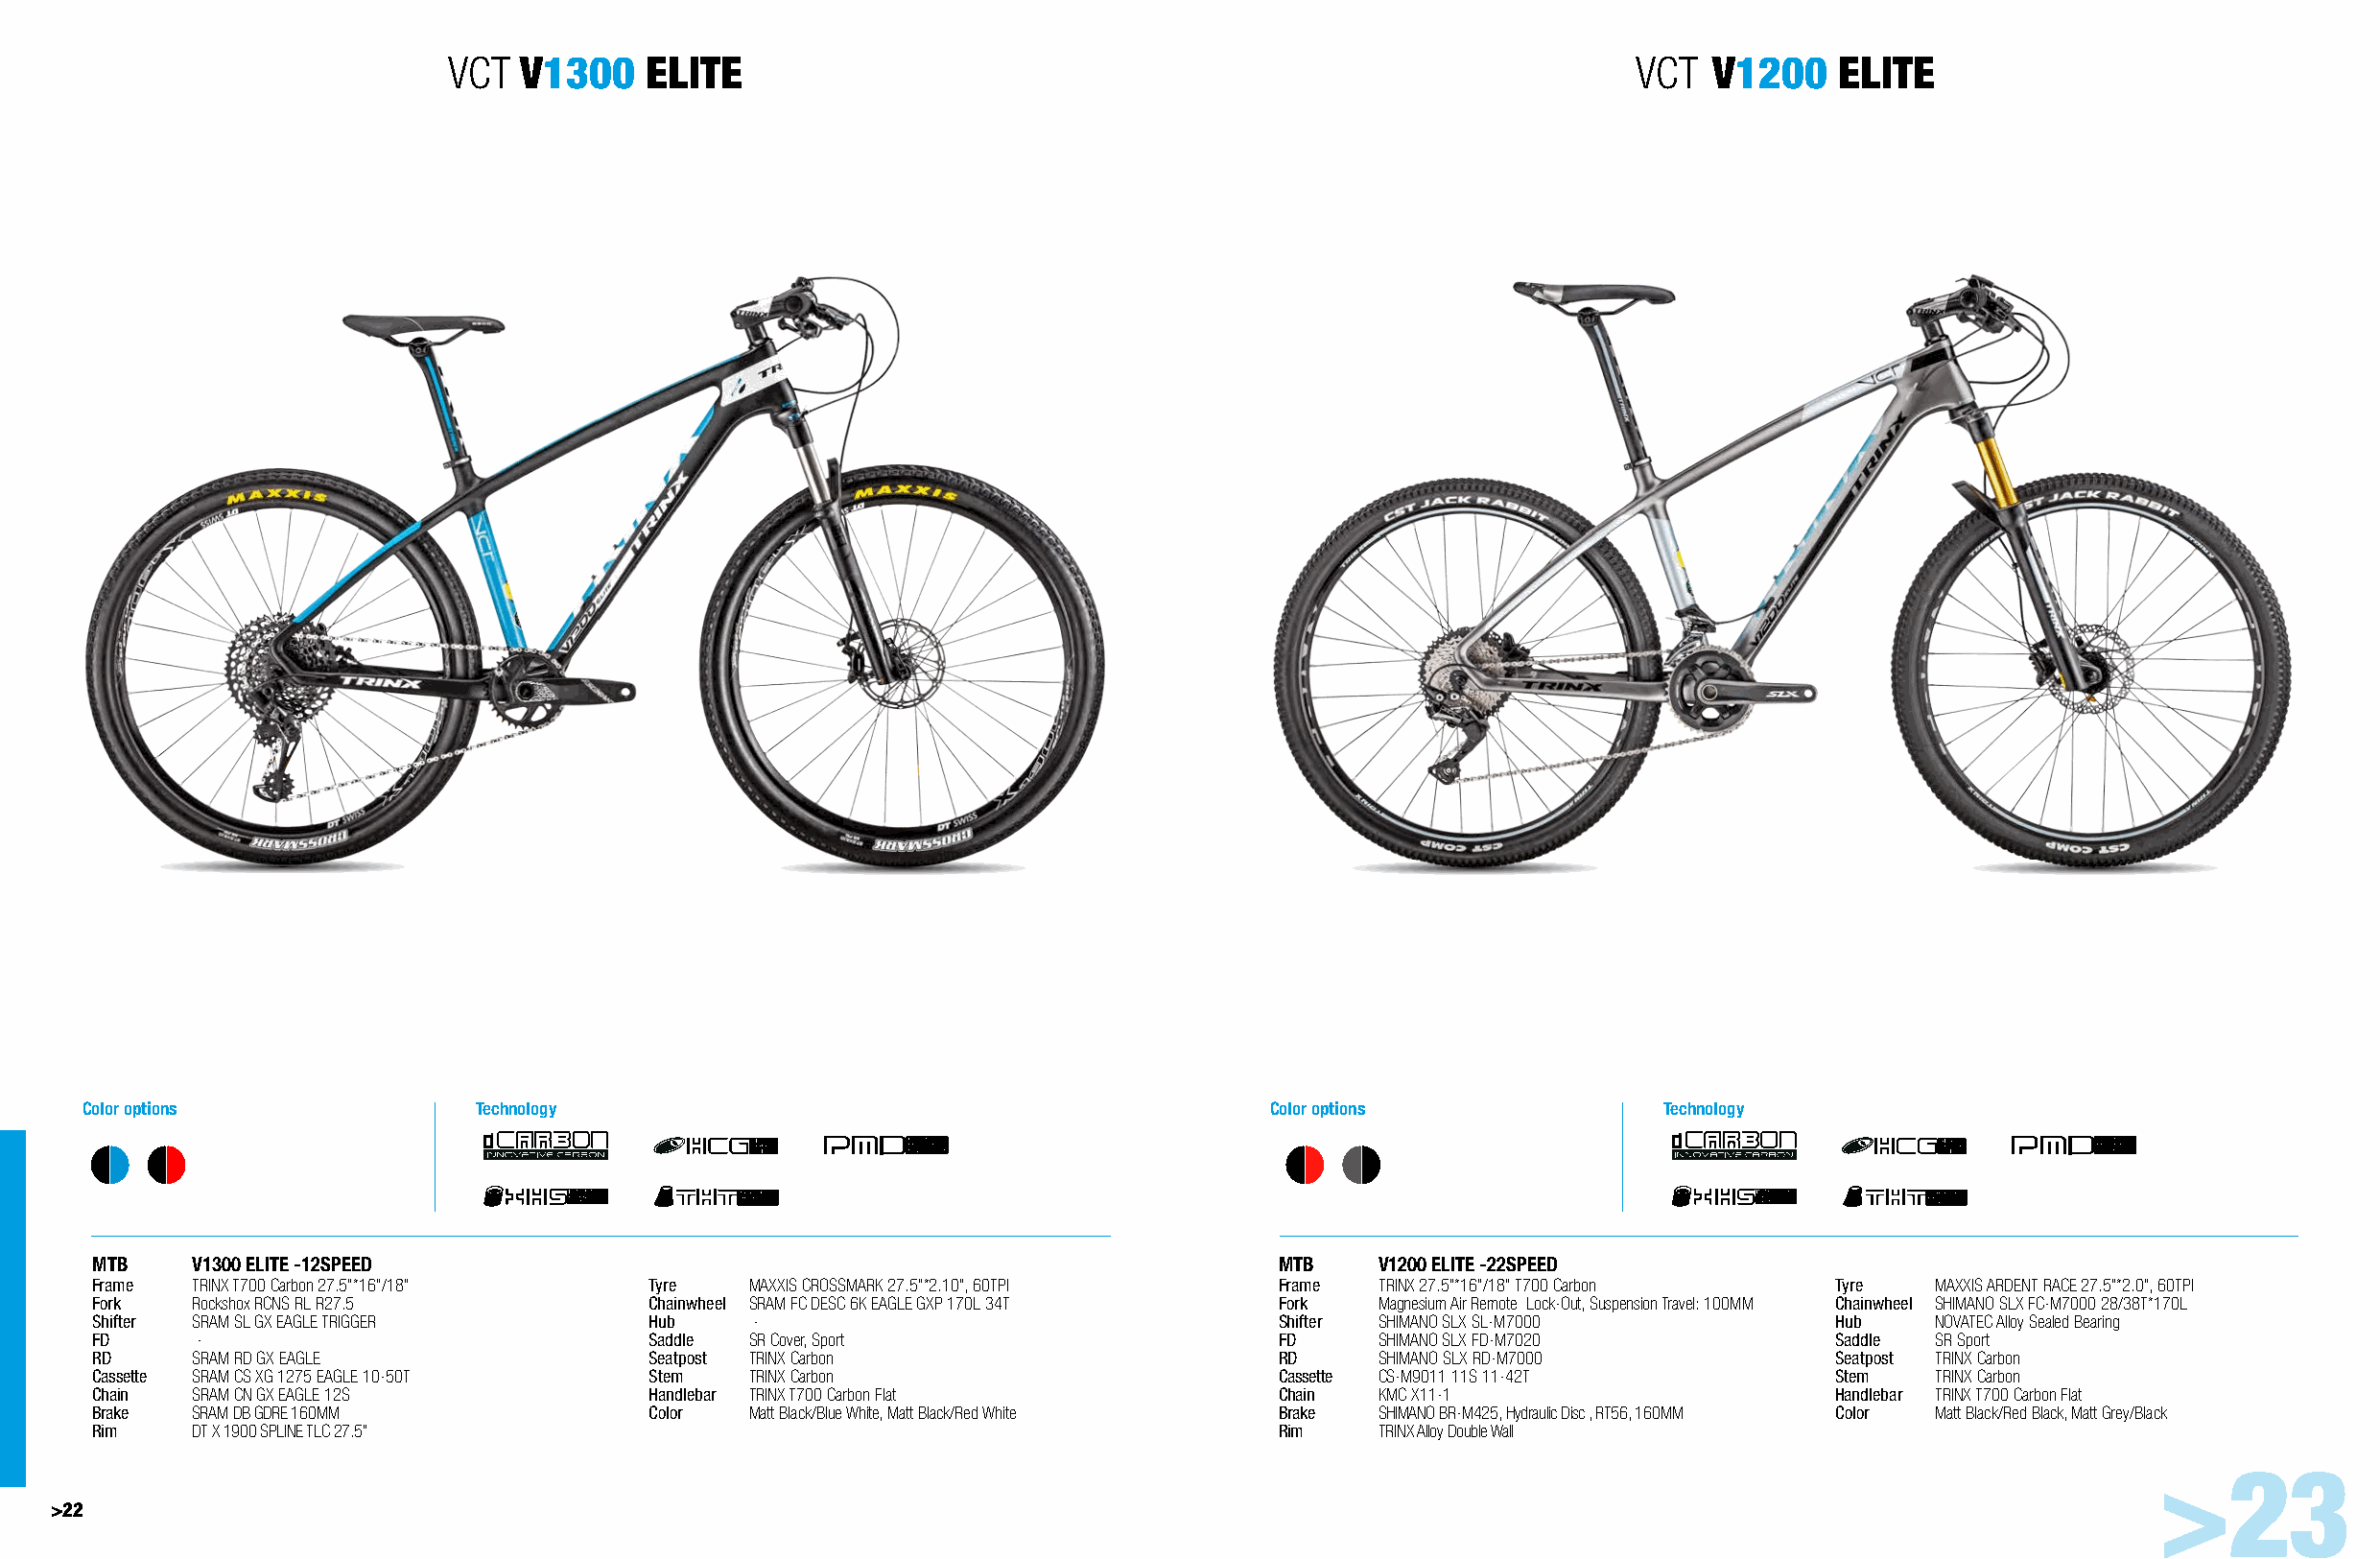
VCT  V1300    ELITE                                                               VCT  V1200    ELITE
 Color options              Technology                                             Color options              Technology
 MTB    V1300 ELITE -12SPEED                                                       MTB    V1200 ELITE -22SPEED
 Frame  TRINX T700 Carbon 27.5"*16"/18" Tyre   MAXXIS CROSSMARK 27.5"*2.10", 60TPI Frame  TRINX 27.5"*16"/18" T700 Carbon Tyre   MAXXIS ARDENT RACE 27.5"*2.0", 60TPI
 Fork   Rockshox RCNS RL R27.5          Chainwheel SRAM FC DESC 6K EAGLE GXP 170L 34T Fork Magnesium Air Remote Lock-Out, Suspension Travel: 100MM Chainwheel SHIMANO SLX FC-M7000 28/38T*170L
 Shifter SRAM SL GX EAGLE TRIGGER       Hub    -                                   Shifter SHIMANO SLX SL-M7000           Hub    NOVATEC Alloy Sealed Bearing
 FD      -                              Saddle SR Cover, Sport                     FD     SHIMANO SLX FD-M7020            Saddle SR Sport
 RD     SRAM RD GX EAGLE                Seatpost TRINX Carbon                      RD     SHIMANO SLX RD-M7000            Seatpost TRINX Carbon
 Cassette SRAM CS XG 1275 EAGLE 10-50T  Stem   TRINX Carbon                        Cassette CS-M9011 11S 11-42T           Stem   TRINX Carbon
 Chain  SRAM CN GX EAGLE 12S            Handlebar TRINX T700 Carbon Flat           Chain  KMC X11-1                       Handlebar TRINX T700 Carbon Flat
 Brake  SRAM DB GDRE 160MM              Color  Matt Black/Blue White, Matt Black/Red White Brake SHIMANO BR-M425, Hydraulic Disc , RT56, 160MM Color Matt Black/Red Black, Matt Grey/Black
 Rim    DT X 1900 SPLINE TLC 27.5"                                                 Rim    TRINX Alloy Double Wall
 >23
 >22